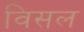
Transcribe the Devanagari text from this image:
विसल